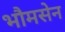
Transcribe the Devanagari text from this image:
भौमसेन